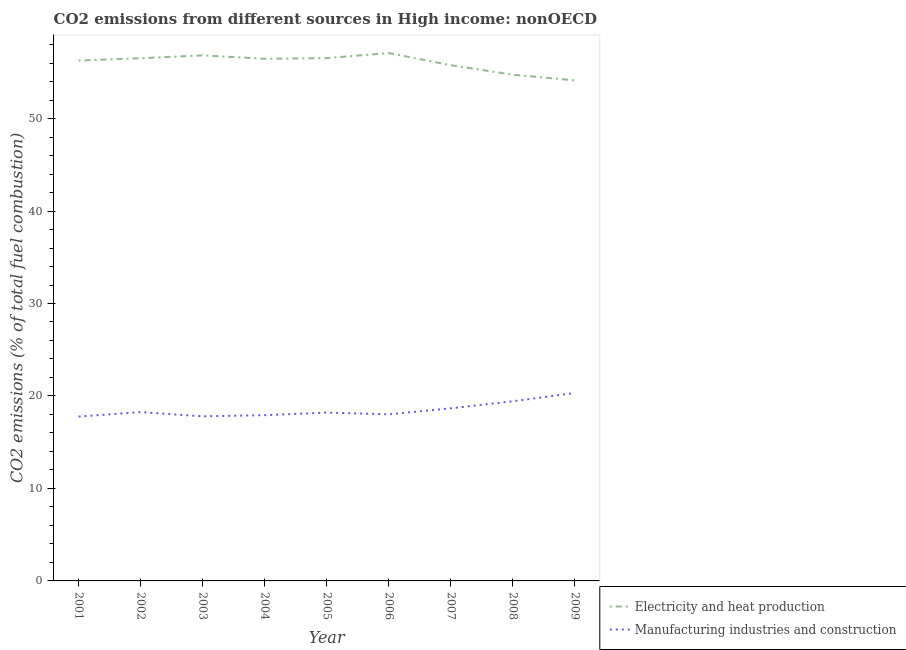
| Year | Electricity and heat production | Manufacturing industries and construction |
 | --- | --- | --- |
 | 2001 | 56.3 | 17.8 |
 | 2002 | 56.5 | 18.3 |
 | 2003 | 56.8 | 17.8 |
 | 2004 | 56.5 | 17.9 |
 | 2005 | 56.5 | 18.2 |
 | 2006 | 57.1 | 18 |
 | 2007 | 55.8 | 18.7 |
 | 2008 | 54.7 | 19.4 |
 | 2009 | 54.1 | 20.3 |